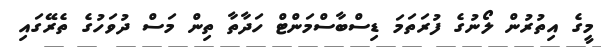
މީގެ އިތުރުން ލޯނުގެ ފުރަތަމަ ޑިސްބާސްމަންޓް ހަދާތާ ތިން މަސް ދުވަހުގެ ތެރޭގައި